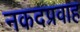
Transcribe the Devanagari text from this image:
नकदप्रवाह